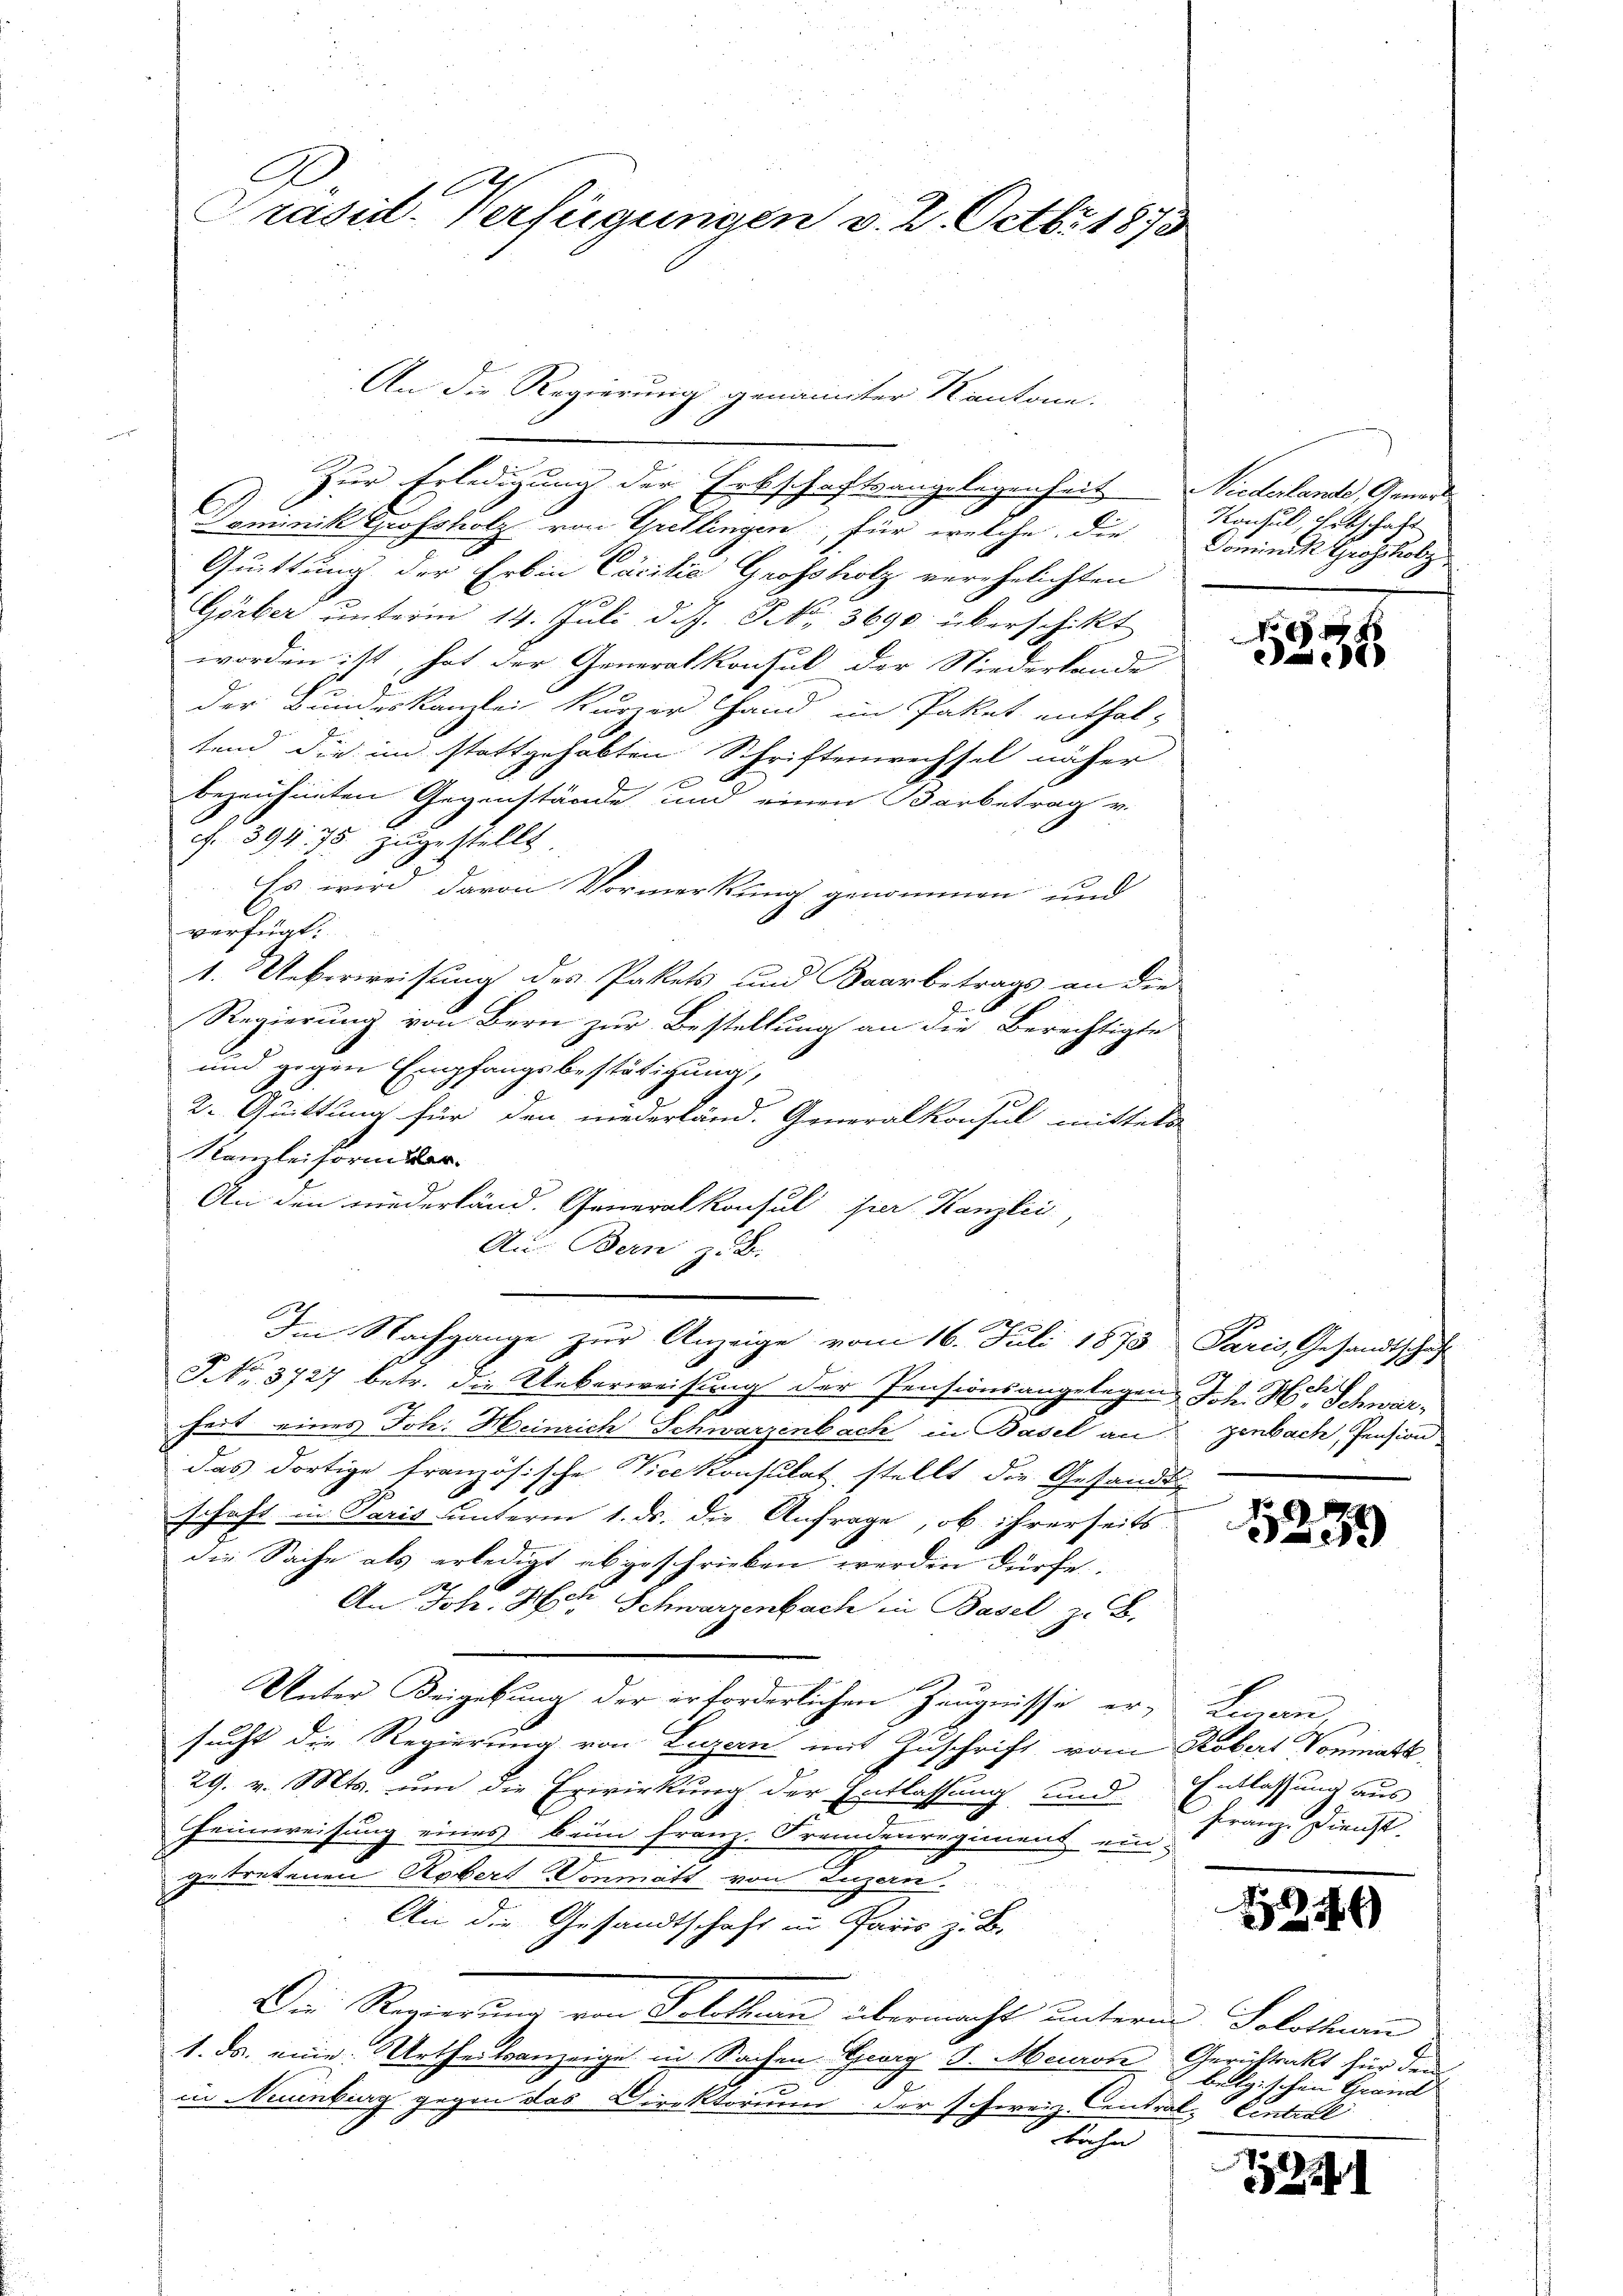
Präsid. Verfügungen v. 2. Octbr. 1873

An die Regierung genannter Kantone.
Zur Erledigung der Erbschaftsangelegenheit Niederlande, Gener
Dominik Grossholz von Gretlingen, für welche die
Quittung der Erben Cäcilie Grossholz verehelichten
Görber unterm 14. Juli d. J. S. 3690 überschikt
worden ist, hat der Generalkonsul der Niederlande
der Bundeskanzlei Kurzer Hand im Paket enthal-
tend die im stattgehabten Schriftenwechsel näher
x
bezeichneten Gegenstände und einen Barbetrag v.
N. 39475 zugestellt
Es wird davon Vormerkung genommen und
6
verfügt:
1. Ueberweisung des Pakets und Baarbetrags an die
Regierung von Bern zur Bestellung an die Berechtigte
und gegen Empfangsbestätigung,
2. Quittung für den niederländ. Generalkonsul mittels
Kanzleiform der
An den niederländ. Generalkonsul hier Kanzlei,
Aus Bern z. B.
Im Nachgange zur Anzeige vom 16. Juli 1873 Paris, Gesandtschaft
J.No. 3727 betr. die Ueberweisung der Pensionsangelegen Joh. Hier Schwarheit eines Joh. Heinrich Schwarzenbach in Basel an
das dortige französische Vicekonsulat, stellt die Gesandt
schaft in Paris unterm 1. ds. die Anfrage, ob ihrerseits
die Sache als erledigt abgeschrieben werden dürfe.
An Joh. Herr Schwarzenbach in Basel z. B.
Unter Beigebung der erforderlichen Zeugnisse er-
sucht die Regierung von Luzern mit Zuschrift vom Kobert Vonmark,
29. v. Mts. um die Erwirkung der Entlassung und Entlassung aus
Heimweisung eines bei Franz. Frandzuregiment ein-
getretenen Robert Vonmatt von Luzen.
An die Gesandtschaft in Paris z. B.
Die Regierung von Solothur übermacht unterm Solothurn
1. ds. eine Urtheilsanzeige in Sachen Ewig S. Meurot
t
in Neuenburg gegen das Direktorium der schereiz-Central, Eintral
t

Konsul, Erbschaft
Dominik Grossholz

a

genbach, Pension

5289

Lenan
Franz Dienst.

1246)

Gerichtsakt für den
belgischen Grand

122

d